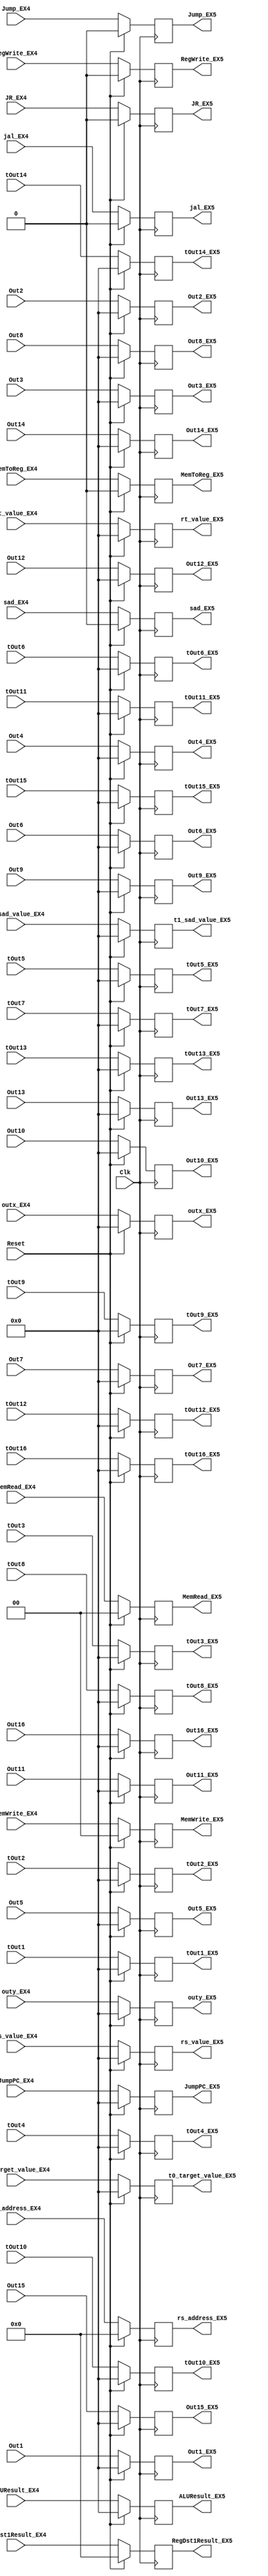
`timescale 1ns / 1ps

module EX4_EX5_Reg(ALUResult_EX4, /*PCPlusOffset_MEM,*/ /* rt_Register_Value_EX4,*/
    RegDst1Result_EX4, /*Zero_MEM,*/ MemWrite_EX4, MemToReg_EX4, MemRead_EX4, /*Branch_MEM,*/ RegWrite_EX4, 
    jal_EX4, Jump_EX4, JR_EX4, JumpPC_EX4, rs_value_EX4,rt_value_EX4, Clk, Reset,
    //EX5
    ALUResult_EX5, /*PCPlusOffset_MEM,*/ /* rt_Register_Value_EX5,*/
    RegDst1Result_EX5, /*Zero_MEM,*/ MemWrite_EX5, MemToReg_EX5, MemRead_EX5, /*Branch_MEM,*/ RegWrite_EX5, 
    jal_EX5, Jump_EX5, JR_EX5, JumpPC_EX5, rs_value_EX5,rt_value_EX5,
    //registers for custom instruction EX4
    t1_sad_value_EX4, t0_target_value_EX4, outx_EX4, outy_EX4,sad_EX4,
    Out1,Out2,Out3,Out4,Out5,Out6,Out7,Out8,Out9,Out10,Out11,Out12,Out13,Out14,Out15,Out16,
    tOut1,tOut2,tOut3,tOut4,tOut5,tOut6,tOut7,tOut8,tOut9,tOut10,tOut11,tOut12,tOut13,tOut14,tOut15,tOut16, 
    //registers for custom instruction EX5
    t1_sad_value_EX5, t0_target_value_EX5, outx_EX5, outy_EX5,sad_EX5,
    Out1_EX5,Out2_EX5,Out3_EX5,Out4_EX5,Out5_EX5,Out6_EX5,Out7_EX5,Out8_EX5,Out9_EX5,Out10_EX5,Out11_EX5,Out12_EX5,
    Out13_EX5,Out14_EX5,Out15_EX5,Out16_EX5,
    tOut1_EX5,tOut2_EX5,tOut3_EX5,tOut4_EX5,tOut5_EX5,tOut6_EX5,tOut7_EX5,tOut8_EX5,tOut9_EX5,tOut10_EX5,tOut11_EX5,tOut12_EX5,
    tOut13_EX5,tOut14_EX5,tOut15_EX5,tOut16_EX5,
    //EXTRA ADDITIONS
    rs_address_EX4,rs_address_EX5
    ); 

input [31:0] ALUResult_EX4, /* rt_Register_Value_EX,*/ rs_value_EX4, rt_value_EX4, JumpPC_EX4;
input [4:0] RegDst1Result_EX4,rs_address_EX4;
input [1:0] MemWrite_EX4, MemRead_EX4;
input MemToReg_EX4, RegWrite_EX4, jal_EX4, Jump_EX4, JR_EX4,sad_EX4;
input Clk, Reset;

output reg [31:0] ALUResult_EX5, /* rt_Register_Value_EX2,*/ rs_value_EX5, rt_value_EX5, JumpPC_EX5;
output reg [4:0] RegDst1Result_EX5,rs_address_EX5;
output reg [1:0] MemWrite_EX5, MemRead_EX5;
output reg MemToReg_EX5, RegWrite_EX5, jal_EX5, Jump_EX5, JR_EX5,sad_EX5;

//custom instruction
input [31:0] t1_sad_value_EX4, t0_target_value_EX4, outx_EX4, outy_EX4, 
    Out1,Out2,Out3,Out4,Out5,Out6,Out7,Out8,Out9,Out10,Out11,Out12,Out13,Out14,Out15,Out16,
    tOut1,tOut2,tOut3,tOut4,tOut5,tOut6,tOut7,tOut8,tOut9,tOut10,tOut11,tOut12,tOut13,tOut14,tOut15,tOut16;  

output reg [31:0] t1_sad_value_EX5, t0_target_value_EX5, outx_EX5, outy_EX5,
    Out1_EX5,Out2_EX5,Out3_EX5,Out4_EX5,Out5_EX5,Out6_EX5,Out7_EX5,Out8_EX5,
    Out9_EX5,Out10_EX5,Out11_EX5,Out12_EX5, Out13_EX5,Out14_EX5,Out15_EX5,Out16_EX5,
    tOut1_EX5,tOut2_EX5,tOut3_EX5,tOut4_EX5,tOut5_EX5,tOut6_EX5,tOut7_EX5,tOut8_EX5,
    tOut9_EX5,tOut10_EX5,tOut11_EX5,tOut12_EX5,tOut13_EX5,tOut14_EX5,tOut15_EX5,tOut16_EX5;

 initial begin
    ALUResult_EX5 <= 0;
//  rt_Register_Value_EX <= 0;
    rs_value_EX5 <= 0;
    rt_value_EX5 <= 0;
    RegDst1Result_EX5 <= 0;
    MemWrite_EX5 <= 0;
    MemToReg_EX5 <= 0;
    MemRead_EX5 <= 0;
    RegWrite_EX5 <= 0;
    jal_EX5 <= 0;
    Jump_EX5 <= 0;
    JR_EX5 <= 0;
    JumpPC_EX5 <= 0;

    t1_sad_value_EX5 <= 0;
    t0_target_value_EX5 <= 0;
    outx_EX5 <= 0;
    outy_EX5 <= 0;
    sad_EX5 <= 0;

    Out1_EX5 <= 0;
    Out2_EX5 <= 0;
    Out3_EX5 <= 0;
    Out4_EX5 <= 0;
    Out5_EX5 <= 0;
    Out6_EX5 <= 0;
    Out7_EX5 <= 0;
    Out8_EX5 <= 0;
    Out9_EX5 <= 0;
    Out10_EX5 <= 0;
    Out11_EX5 <= 0;
    Out12_EX5 <= 0;
    Out13_EX5 <= 0;
    Out14_EX5 <= 0;
    Out15_EX5 <= 0;
    Out16_EX5 <= 0;

    tOut1_EX5 <= 0;
    tOut2_EX5 <= 0;
    tOut3_EX5 <= 0;
    tOut4_EX5 <= 0;
    tOut5_EX5 <= 0;
    tOut6_EX5 <= 0;
    tOut7_EX5 <= 0;
    tOut8_EX5 <= 0;
    tOut9_EX5 <= 0;
    tOut10_EX5 <= 0;
    tOut11_EX5 <= 0;
    tOut12_EX5 <= 0;
    tOut13_EX5 <= 0;
    tOut14_EX5 <= 0;
    tOut15_EX5 <= 0;
    tOut16_EX5 <= 0;

    rs_address_EX5 <= 0;
 end

always @(posedge Clk) begin
    
    if (Reset == 1)begin
        ALUResult_EX5 <= 0;
//      rt_Register_Value_EX2 <= 0;
        rs_value_EX5 <= 0;
        rt_value_EX5 <= 0;
        RegDst1Result_EX5 <= 0;
        MemWrite_EX5 <= 0;
        MemToReg_EX5 <= 0;
        MemRead_EX5 <= 0;
        RegWrite_EX5 <= 0;
        jal_EX5 <= 0;
        Jump_EX5 <= 0;
        JR_EX5 <= 0;
        JumpPC_EX5 <= 0;

        t1_sad_value_EX5 <= 0;
        t0_target_value_EX5 <= 0;
        outx_EX5 <= 0;
        outy_EX5 <= 0;
        sad_EX5 <= 0;

        Out1_EX5 <= 0;
        Out2_EX5 <= 0;
        Out3_EX5 <= 0;
        Out4_EX5 <= 0;
        Out5_EX5 <= 0;
        Out6_EX5 <= 0;
        Out7_EX5 <= 0;
        Out8_EX5 <= 0;
        Out9_EX5 <= 0;
        Out10_EX5 <= 0;
        Out11_EX5 <= 0;
        Out12_EX5 <= 0;
        Out13_EX5 <= 0;
        Out14_EX5 <= 0;
        Out15_EX5 <= 0;
        Out16_EX5 <= 0;

        tOut1_EX5 <= 0;
        tOut2_EX5 <= 0;
        tOut3_EX5 <= 0;
        tOut4_EX5 <= 0;
        tOut5_EX5 <= 0;
        tOut6_EX5 <= 0;
        tOut7_EX5 <= 0;
        tOut8_EX5 <= 0;
        tOut9_EX5 <= 0;
        tOut10_EX5 <= 0;
        tOut11_EX5 <= 0;
        tOut12_EX5 <= 0;
        tOut13_EX5 <= 0;
        tOut14_EX5 <= 0;
        tOut15_EX5 <= 0;
        tOut16_EX5 <= 0;

        rs_address_EX5 <= 0;
    end
    else begin
        ALUResult_EX5 <= ALUResult_EX4;
//      rt_Register_Value_EX2 <= rt_Register_Value_EX1;
        rs_value_EX5 <= rs_value_EX4;
        rt_value_EX5 <= rt_value_EX4;
        RegDst1Result_EX5 <= RegDst1Result_EX4;
        MemWrite_EX5 <= MemWrite_EX4;
        MemToReg_EX5 <= MemToReg_EX4;
        MemRead_EX5 <= MemRead_EX4;
        RegWrite_EX5 <= RegWrite_EX4;
        jal_EX5 <= jal_EX4;
        Jump_EX5 <= Jump_EX4;
        JR_EX5 <= JR_EX4;
        JumpPC_EX5 <= JumpPC_EX4;

        t1_sad_value_EX5 <= t1_sad_value_EX4;
        t0_target_value_EX5 <= t0_target_value_EX4;
        outx_EX5 <= outx_EX4;
        outy_EX5 <= outy_EX4;
        sad_EX5 <= sad_EX4;

        Out1_EX5 <= Out1;
        Out2_EX5 <= Out2;
        Out3_EX5 <= Out3;
        Out4_EX5 <= Out4;
        Out5_EX5 <= Out5;
        Out6_EX5 <= Out6;
        Out7_EX5 <= Out7;
        Out8_EX5 <= Out8;
        Out9_EX5 <= Out9;
        Out10_EX5 <= Out10;
        Out11_EX5 <= Out11;
        Out12_EX5 <= Out12;
        Out13_EX5 <= Out13;
        Out14_EX5 <= Out14;
        Out15_EX5 <= Out15;
        Out16_EX5 <= Out16;

        tOut1_EX5 <= tOut1;
        tOut2_EX5 <= tOut2;
        tOut3_EX5 <= tOut3;
        tOut4_EX5 <= tOut4;
        tOut5_EX5 <= tOut5;
        tOut6_EX5 <= tOut6;
        tOut7_EX5 <= tOut7;
        tOut8_EX5 <= tOut8;
        tOut9_EX5 <= tOut9;
        tOut10_EX5 <= tOut10;
        tOut11_EX5 <= tOut11;
        tOut12_EX5 <= tOut12;
        tOut13_EX5 <= tOut13;
        tOut14_EX5 <= tOut14;
        tOut15_EX5 <= tOut15;
        tOut16_EX5 <= tOut16;

        rs_address_EX5 <= rs_address_EX4;
    end
    
end

endmodule